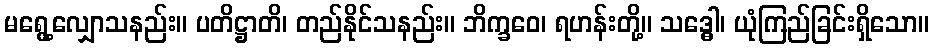
မရွေ့လျှောသနည်း။ ပတိဋ္ဌာတိ၊ တည်နိုင်သနည်း။ ဘိက္ခဝေ၊ ရဟန်းတို့။ သဒ္ဓေါ၊ ယုံကြည်ခြင်းရှိသော။